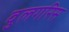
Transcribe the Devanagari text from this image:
वुलगरिस